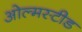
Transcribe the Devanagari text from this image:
ओल्मस्टीड